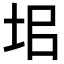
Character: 𡊊